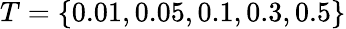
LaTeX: T=\{ 0.01,0.05,0.1,0.3,0.5\}